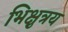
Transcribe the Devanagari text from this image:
भिक्षुत्रय